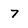
Character: 7